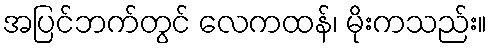
အပြင်ဘက်တွင် လေကထန်၊ မိုးကသည်း။